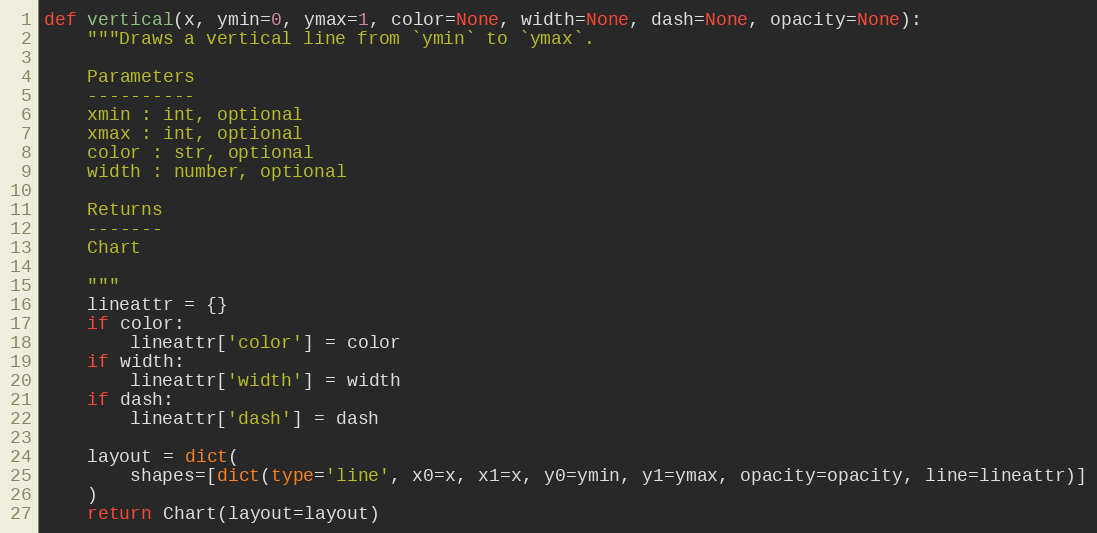
Language: Python
def vertical(x, ymin=0, ymax=1, color=None, width=None, dash=None, opacity=None):
    """Draws a vertical line from `ymin` to `ymax`.

    Parameters
    ----------
    xmin : int, optional
    xmax : int, optional
    color : str, optional
    width : number, optional

    Returns
    -------
    Chart

    """
    lineattr = {}
    if color:
        lineattr['color'] = color
    if width:
        lineattr['width'] = width
    if dash:
        lineattr['dash'] = dash

    layout = dict(
        shapes=[dict(type='line', x0=x, x1=x, y0=ymin, y1=ymax, opacity=opacity, line=lineattr)]
    )
    return Chart(layout=layout)